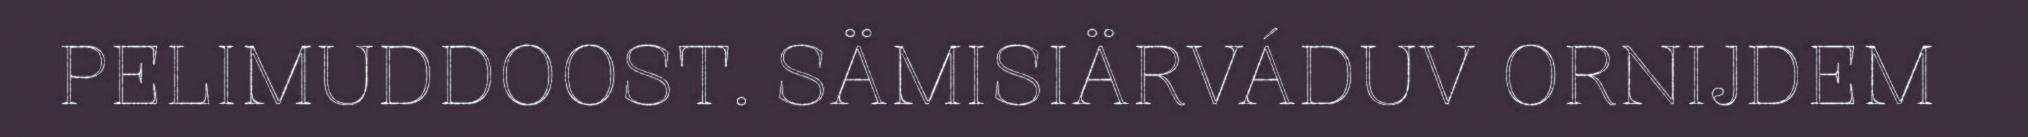
PELIMUDDOOST. SÄMISIÄRVÁDUV ORNIJDEM